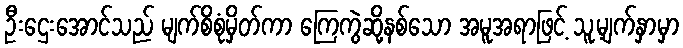
ဦးဌေးအောင်သည် မျက်စိစုံမှိတ်ကာ ကြေကွဲဆို့နစ်သော အမူအရာဖြင့် သူ့မျက်နှာမှာ